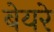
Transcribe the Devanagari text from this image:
बेयरे